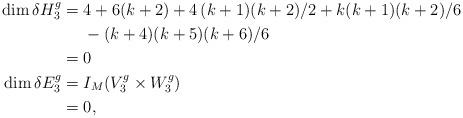
LaTeX: \begin{align*} \dim \delta H_3^g = &\; 4 + 6(k+2) + 4\,(k+1)(k+2)/2+k(k+1)(k+2)/6\\ &\;-(k+4)(k+5)(k+6)/6\\=&\; 0 \\ \dim \delta E_3^g = &\; I_M(V_3^g\times W_3^g)\\=&\; 0,\end{align*}